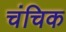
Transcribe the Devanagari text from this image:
चंचिक